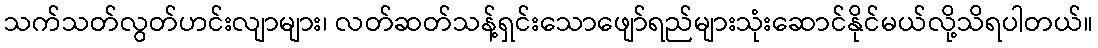
သက်သတ်လွတ်ဟင်းလျာများ၊ လတ်ဆတ်သန့်ရှင်းသောဖျော်ရည်များသုံးဆောင်နိုင်မယ်လို့သိရပါတယ်။